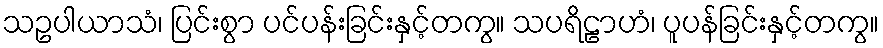
သဥပါယာသံ၊ ပြင်းစွာ ပင်ပန်းခြင်းနှင့်တကွ။ သပရိဠာဟံ၊ ပူပန်ခြင်းနှင့်တကွ။